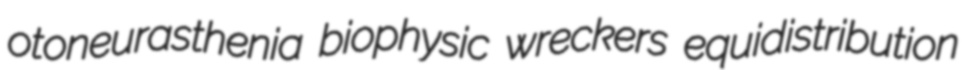
otoneurasthenia biophysic wreckers equidistribution